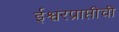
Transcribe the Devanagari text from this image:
ईश्वरप्राप्तीची